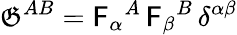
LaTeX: \mathfrak{G}^{AB}=\mathsf{{F}}_{\alpha}{}^{A}\, \mathsf{{F}}_{\beta}{}^{B}\, \delta^{\alpha\beta}